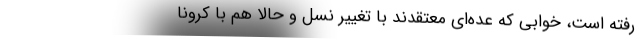
رفته است، خوابی که عده‌ای معتقدند با تغییر نسل و حالا هم با کرونا